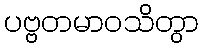
ပဗ္ဗတမာဝသိတွာ